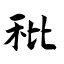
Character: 秕